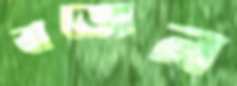
বাজেন